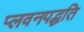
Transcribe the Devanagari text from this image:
प्लवनपद्धति